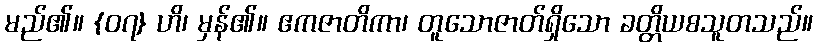
မည်၏။ {၀၇} ဟိ၊ မှန်၏။ ဧကဇာတိကာ၊ တူသောဇာတ်ရှိသော ခတ္တိယစသူတသည်။